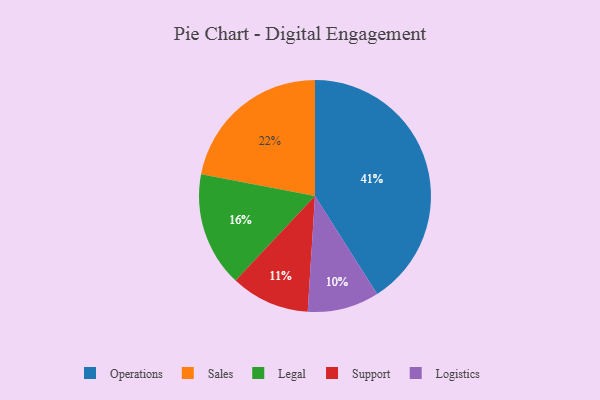
{"axis": {"x": "Category", "y": "Percentage"}, "legend": ["Legal", "Logistics", "Operations", "Sales", "Support"], "data": [{"x": "Sales", "y": 22, "type": "Sales"}, {"x": "Legal", "y": 16, "type": "Legal"}, {"x": "Operations", "y": 41, "type": "Operations"}, {"x": "Logistics", "y": 10, "type": "Logistics"}, {"x": "Support", "y": 11, "type": "Support"}]}